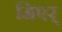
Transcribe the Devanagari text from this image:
मिएर्